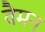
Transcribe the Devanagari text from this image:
वैमन